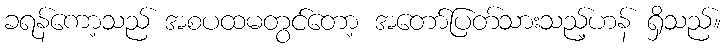
ခရန်ကော့သည် အစပထမတွင်တော့ အတော်ပြတ်သားသည့်ဟန် ရှိသည်။